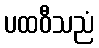
ပထဝီသညံ